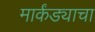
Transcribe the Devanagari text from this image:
मार्कंड्याचा